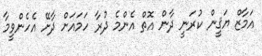
އަމާޒް ޔަޤީން ކުރަނީ ދާން އޮތް އެންމެ ދުރާ ހަމައަށް ދާށޭ އެހެންވީމާ